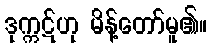
ဒုက္ကဋ်ဟု မိန့်တော်မူ၏။